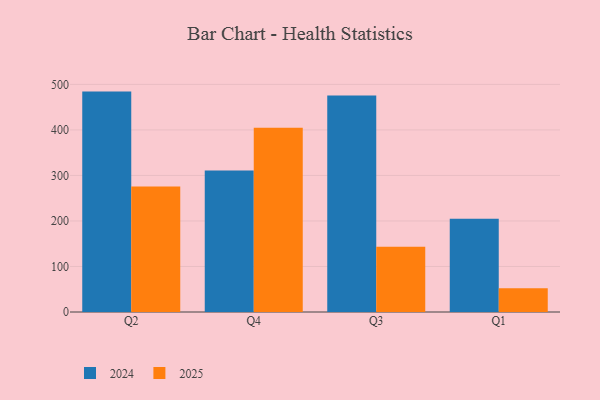
{"axis": {"x": "Quarter", "y": "Production Output"}, "legend": ["2024", "2025"], "data": [{"x": "Q2", "y": 275.6, "type": "2025"}, {"x": "Q2", "y": 484.2, "type": "2024"}, {"x": "Q4", "y": 404.8, "type": "2025"}, {"x": "Q4", "y": 310.7, "type": "2024"}, {"x": "Q3", "y": 143.4, "type": "2025"}, {"x": "Q3", "y": 475.5, "type": "2024"}, {"x": "Q1", "y": 52.2, "type": "2025"}, {"x": "Q1", "y": 205.1, "type": "2024"}]}